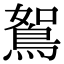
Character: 鴽